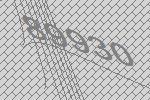
89930